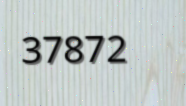
37872